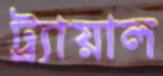
ট্র্যায়াল